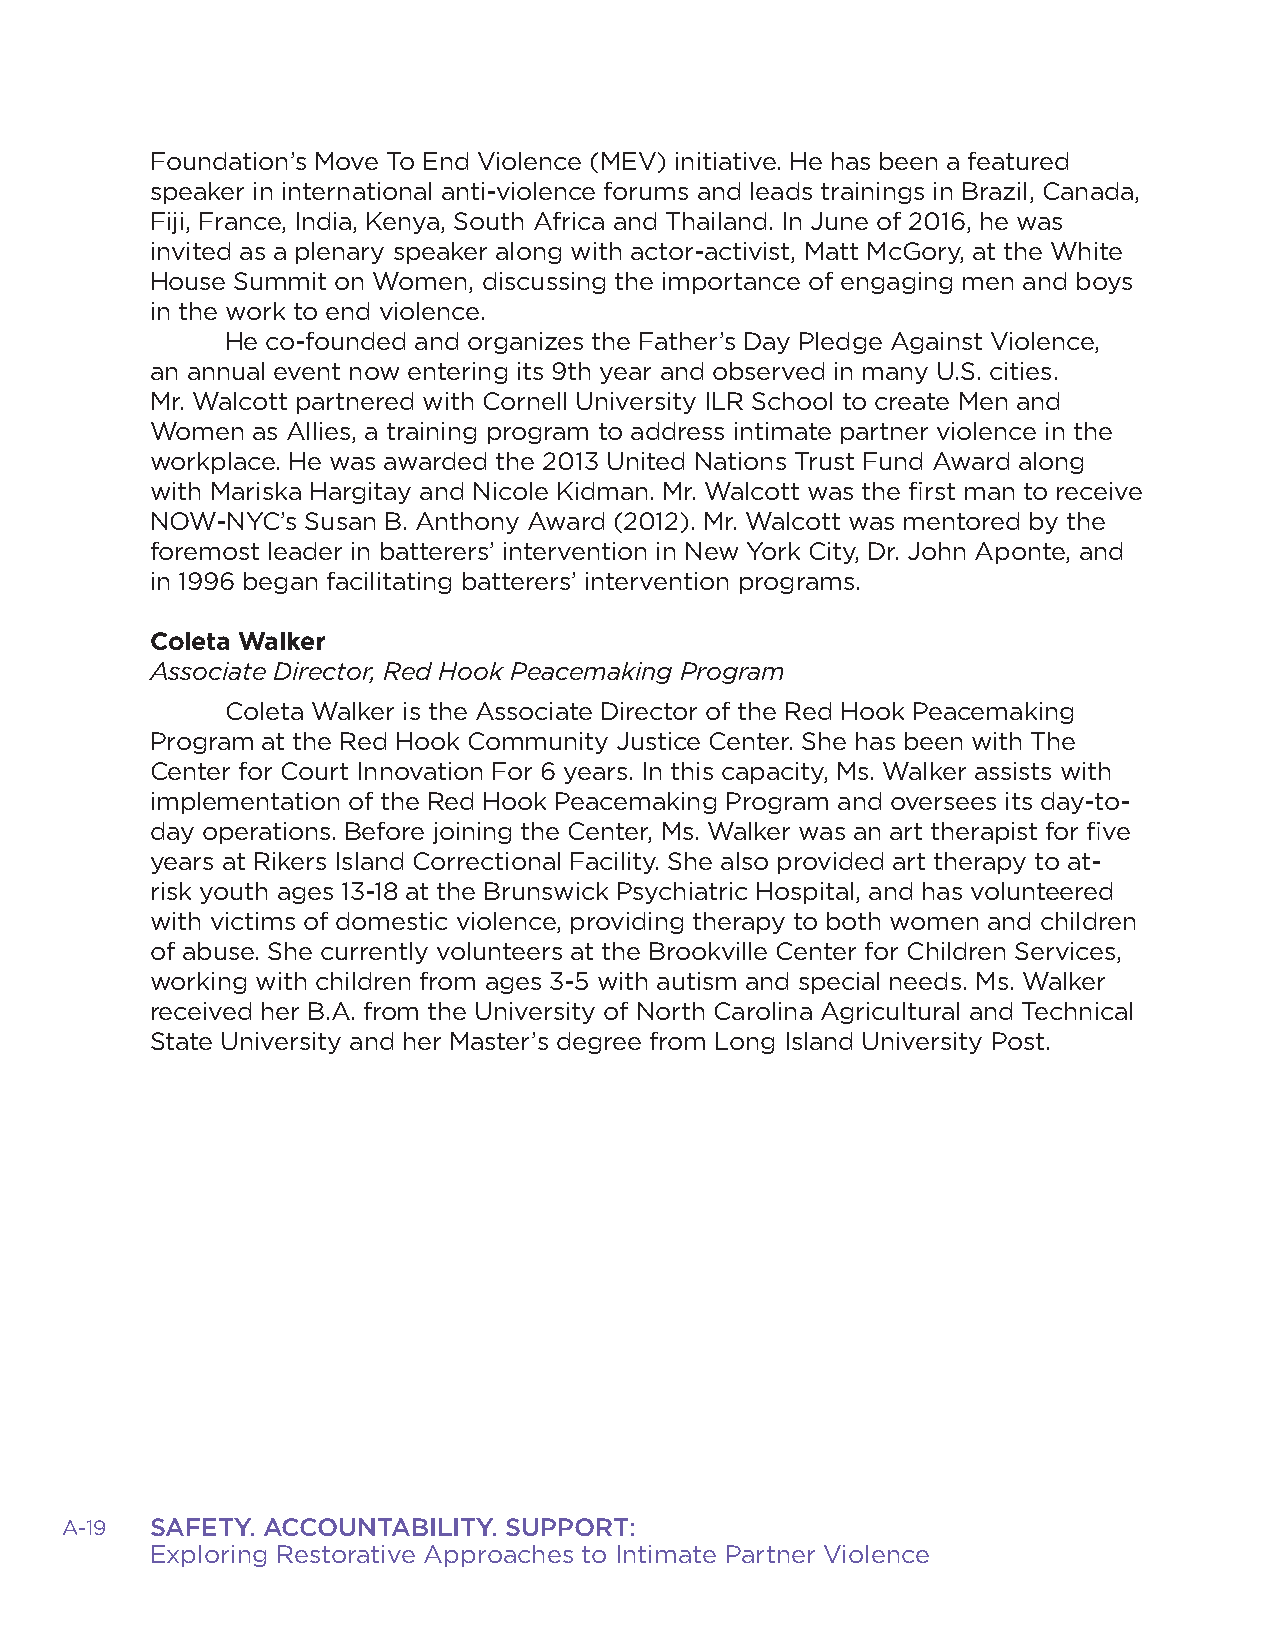
Foundation’s Move To End Violence (MEV) initiative. He has been a featured
 speaker in international anti-violence forums and leads trainings in Brazil, Canada,
 Fiji, France, India, Kenya, South Africa and Thailand. In June of 2016, he was
 invited as a plenary speaker along with actor-activist, Matt McGory, at the White
 House Summit on Women, discussing the importance of engaging men and boys
 in the work to end violence.
 He co-founded and organizes the Father’s Day Pledge Against Violence,
 an annual event now entering its 9th year and observed in many U.S. cities.
 Mr. Walcott partnered with Cornell University ILR School to create Men and
 Women  as Allies, a training program to address intimate partner violence in the
 workplace. He was awarded the 2013 United Nations Trust Fund Award along
 with Mariska Hargitay and Nicole Kidman. Mr. Walcott was the first man to receive
 NOW-NYC’s Susan B. Anthony Award (2012). Mr. Walcott was mentored by the
 foremost leader in batterers’ intervention in New York City, Dr. John Aponte, and
 in 1996 began facilitating batterers’ intervention programs.
 Coleta Walker
 Associate Director, Red Hook Peacemaking Program
 Coleta Walker is the Associate Director of the Red Hook Peacemaking
 Program at the Red Hook Community Justice Center. She has been with The
 Center for Court Innovation For 6 years. In this capacity, Ms. Walker assists with
 implementation of the Red Hook Peacemaking Program and oversees its day-to-
 day operations. Before joining the Center, Ms. Walker was an art therapist for five
 years at Rikers Island Correctional Facility. She also provided art therapy to at-
 risk youth ages 13-18 at the Brunswick Psychiatric Hospital, and has volunteered
 with victims of domestic violence, providing therapy to both women and children
 of abuse. She currently volunteers at the Brookville Center for Children Services,
 working with children from ages 3-5 with autism and special needs. Ms. Walker
 received her B.A. from the University of North Carolina Agricultural and Technical
 State University and her Master’s degree from Long Island University Post.
 A-19  SAFETY. ACCOUNTABILITY. SUPPORT:
 Exploring Restorative Approaches to Intimate Partner Violence